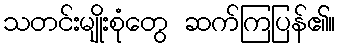
သတင်းမျိုးစုံတွေ ဆက်ကြပြန်၏။